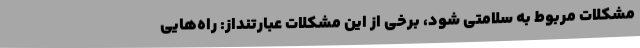
مشکلات مربوط به سلامتی شود، برخی از این مشکلات عبارتنداز: راه‌هایی